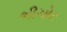
ભીચોર